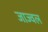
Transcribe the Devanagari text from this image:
जाज्वल